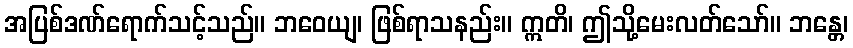
အပြစ်ဒဏ်ရောက်သင့်သည်။ ဘဝေယျ၊ ဖြစ်ရာသနည်း။ ဣတိ၊ ဤသို့မေးလတ်သော်။ ဘန္တေ၊